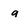
Character: a